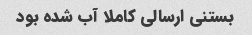
بستنی ارسالی کاملا آب شده بود